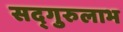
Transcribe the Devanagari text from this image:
सद्‌गुरुलाभ